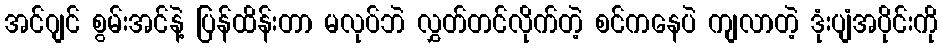
အင်ဂျင် စွမ်းအင်နဲ့ ပြန်ထိန်းတာ မလုပ်ဘဲ လွှတ်တင်လိုက်တဲ့ စင်ကနေပဲ ကျလာတဲ့ ဒုံးပျံအပိုင်းကို